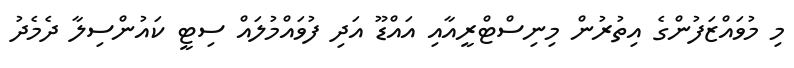
މި މުވައްޒަފުންގެ އިތުރުން މިނިސްޓްރީއާއި އައްޑޫ އަދި ފުވައްމުލައް ސިޓީ ކައުންސިލާ ދެމެދު